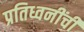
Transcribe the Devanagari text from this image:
प्रतिध्वनींची